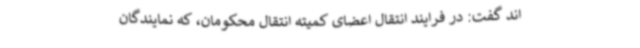
اند گفت: در فرایند انتقال اعضای کمیته انتقال محکومان، که نمایندگان